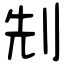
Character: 𠜎